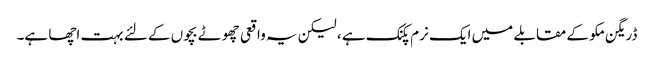
ڈریگن مکو کے مقابلے میں ایک نرم پکنک ہے ، لیکن یہ واقعی چھوٹے بچوں کے لئے بہت اچھا ہے۔